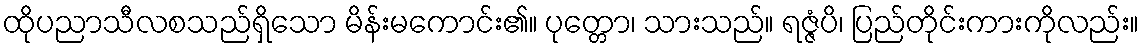
ထိုပညာသီလစသည်ရှိသော မိန်းမကောင်း၏။ ပုတ္တော၊ သားသည်။ ရဇ္ဇံပိ၊ ပြည်တိုင်းကားကိုလည်း။